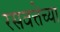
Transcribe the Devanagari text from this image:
रसवत्तेच्या